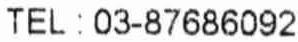
TEL : 03-87686092